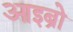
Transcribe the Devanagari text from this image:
आइब्रो